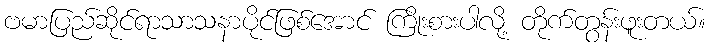
ဗမာပြည်ဆိုင်ရာသာသနာပိုင်ဖြစ်အောင် ကြိုးစားပါလို့ တိုက်တွန်းဖူးတယ်။